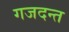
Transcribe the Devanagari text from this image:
गजदन्त